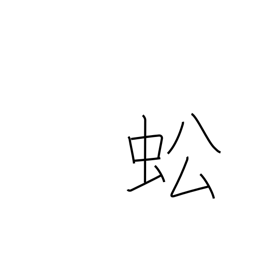
Meaning: grasshopper